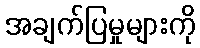
အချက်ပြမှုများကို